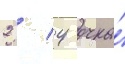
2 / 4 очка́